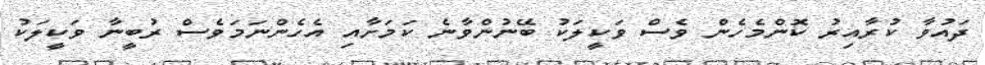
ދައުވާ ކުރާއިރު ކޮންމެހެން ވެސް ވަކީލަކު ބޭނުންވާނެ ކަމަށާއި އެހެންނަމަވެސް ރުބީނާ ވަކީލަކު